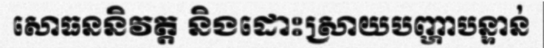
សោធននិវត្ត និងដោះស្រាយបញ្ហាបន្ទាន់